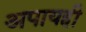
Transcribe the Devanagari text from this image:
अपायही